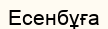
Есенбұға